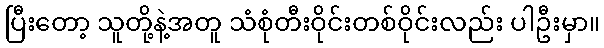
ပြီးတော့ သူတို့နဲ့အတူ သံစုံတီးဝိုင်းတစ်ဝိုင်းလည်း ပါဦးမှာ။